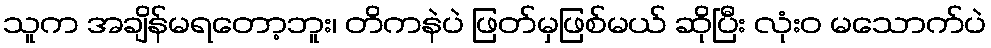
သူက အချိန်မရတော့ဘူး၊ တိကနဲပဲ ဖြတ်မှဖြစ်မယ် ဆိုပြီး လုံးဝ မသောက်ပဲ